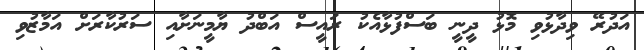
އަދުރޭ ވިދާޅުވި މޮޅު ދީނީ ބަސްފުޅާއެކު ރައީސް އަބްދު ޔާމީނަށާއި ސަރުކާރަށް އަމާޒުވި